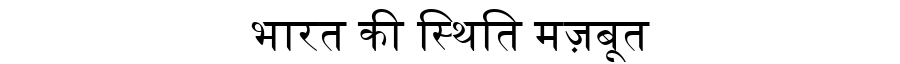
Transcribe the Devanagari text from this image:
भारत की स्थिति मज़बूत